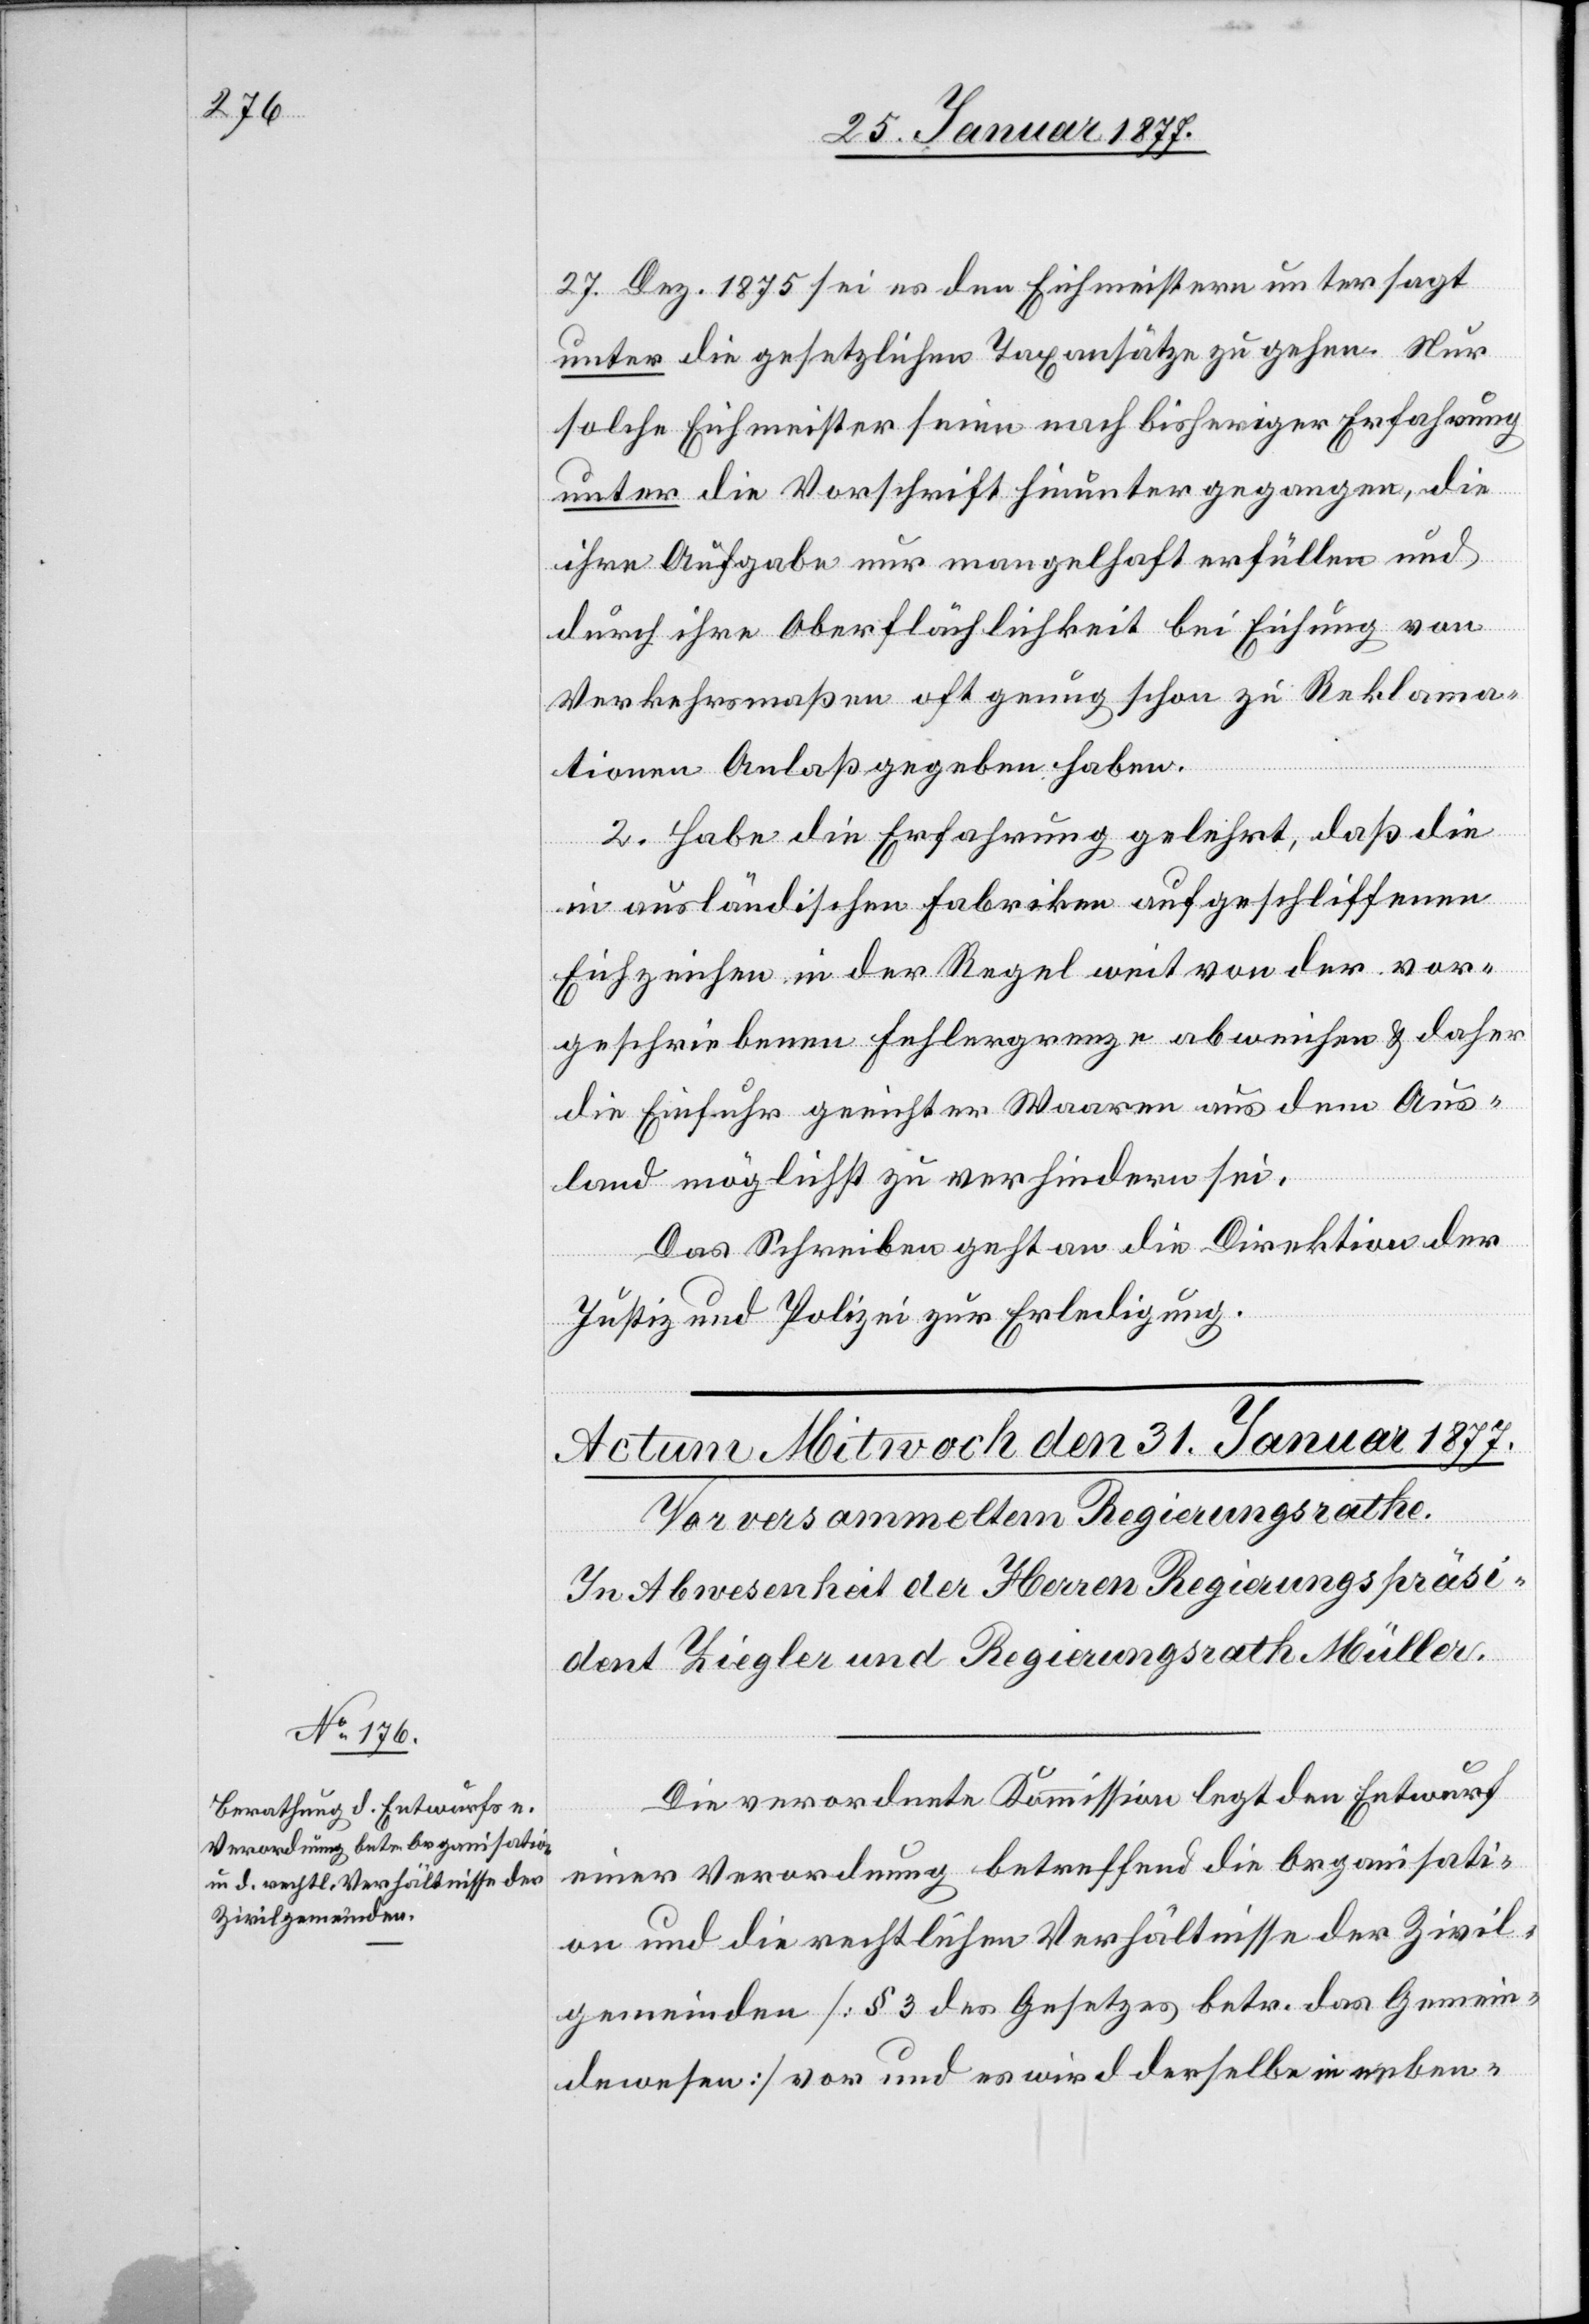
27. Dez. 1876 sei es den Eichmeistern untersagt
unter die gesetzlichen Taxabsätze zu gehen. Nur
solche Eichmeister seien nach bisheriger Erfahrung
unter die Vorschrift hinunter gegangen, die
ihre Aufgabe nur mangelhaft erfüllen und
durch ihre Oberflächlichkeit bei Eichung von
Verkehrsmaßen oft genug schon zu Reklama¬
tionen Anlaß gegeben haben.
2. Habe die Erfahrung gelehrt, daß die
in ausländischen Fabriken aufgeschliffenen
Eichzeichen in der Regel weit von der vor¬
geschriebenen Fehlergrenze abweichen & daher
die Einfuhr geeichter Waaren aus dem Aus¬
land möglichst zu verhindern sei.
Das Schreiben geht an die Direktion der
Justiz und Polizei zur Erledigung.
Die verordnete Kommission legt den Entwurf
einer Verordnung betreffend die Organisati¬
on und die rechtlichen Verhältnisse der Zivil¬
gemeinden [§ 3 des Gesetzes betr. das Gemein¬
dewesen] vor und es wird derselbe in neben-